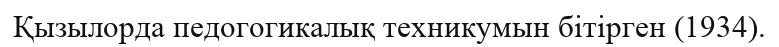
Қызылорда педогогикалық техникумын бітірген (1934).